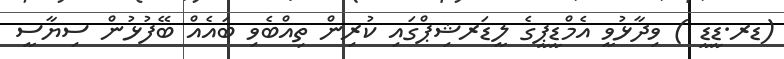
(ޑރ.ޑީޑީ ) ވިދާޅުވީ އެމްޑީޕީގެ ލީޑަރޝިޕްގައި ކުރިން ތިއްބެވި ބައެއް ބޭފުޅުން ސިޔާސީ